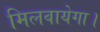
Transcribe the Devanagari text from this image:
मिलवायेगा।